King Institute of Preventive Medicine Micro-Biological Section reports 1912-19
Year: 1912
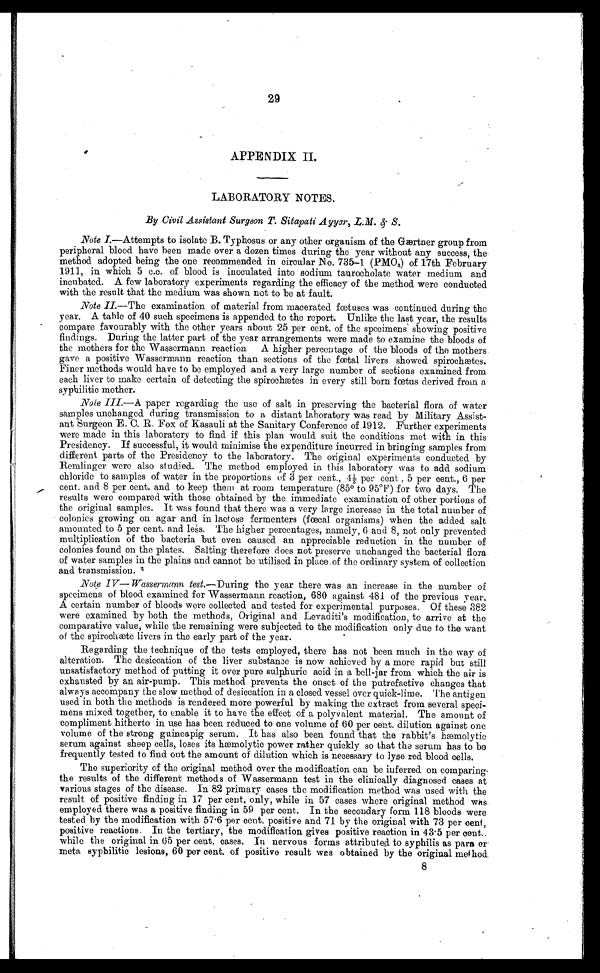
29
APPENDIX II.
LABORATORY NOTES.
By Civil Assistant Surgeon T. Sitapati Ayyar, I.M. S.
Note I .—Attempts to isolate B. Typhosus or any other organism of the Gærtner group from
peripheral blood have been made over a dozen times during the year without any success, the
method adopted being the one recommended in circular No. 735-1 (PMOs) of 17th February
1911, in which 5 c.c. of blood is inoculated into sodium taurocholate water medium and
incubated. A few laboratory experiments regarding the efficacy of the method were conducted
with the result that the medium was shown not to be at fault.
Note II .—The examination of material from macerated foetuses was continued during the
year. A table of 40 such specimens is appended to the report. Unlike the last year, the results
compare favourably with the other years about 25 per cent of the specimens showing positive
findings. During the latter part of the year arrangements were made to examine the bloods of
the mothers for the Wassermann reaction. A higher percentage of the bloods of the mothers
gave a positive Wassermann reaction than sections of the fœtal livers showed spirochætes.
Finer methods would have to be employed and a very large number of sections examined from
each liver to make certain of detecting the spirochetes in every still born foetus derived from a
syphilitic mother.
Note III— A paper regarding the use of salt in preserving the bacterial flora of water
samples unchan ged during transmission to a distant laboratory was read by Military Assist-
ant Surgeon E.C. R. Fox of Kasauli at the Sanitary Conference of 1912. Further experiments
were made in this laboratory to find if this plan would suit the conditions met with in this
Presidency. If successful, it would minimise the expenditure incurred in bringing samples from
different parts of the Presidency to the laboratory. The original experiments conducted by
Remlinger were also studied. The method employed in this laboratory was to add sodium
chloride to samples of water in the proportions of 3 per cent., 4 per cent. , 5 per cent., 6 per
cent. and 8 per cent. and to keep them at room temperature (85° to 95°F) for two days. The
results were compared with those obtained by the immediate examination of other portions of
the original samples. It was found that there was a very large increase in the total number of
colonies growing on agar and in lactose fermenters (fœcal organisms) when the added salt
amounted to 5 per cent. and less. The higher percentages, namely, 6 and 8, not only prevented
multiplication of the bacteria but even caused an appreciable reduction in the number of
colonies found on the plates. Salting therefore does not preserve unchanged the bacterial flora
of water samples in the plains and cannot be utilised in place.of the ordinary system of collection
and transmission.
Note IV—Wassermann test .—During the year there was an increase in the number of
specimens of blood examined for Wassermann reaction, 680 against 481 of the previous year.
A certain number of bloods were collected and tested for experimental purposes. Of these 382
were examined by both the methods, Original and Levaditi's modification, to arrive at the
comparative value, while the remaining were subjected to the modification only due to the want.
of the spirochete livers in the early part of the year.
Regarding the technique of the tests employed, there has not been much in the way of
alteration. The desiccation of the liver substance is now achieved by a more rapid but still
unsatisfactory method of putting it over pure sulphuric acid in a bell-jar from which the air is
exhausted by an air-pump. This method prevents the onset of the putrefactive changes that
always accompany the slow method of desiccation in a closed vessel over quick-lime. The antigen
used in both the methods is rendered more powerful by making the extract from several speci-
mens mixed together, to enable it to have the effect of a polyvalent material. The amount of
compliment hitherto in use has been reduced to one volume of 60 per cent. dilution against one
volume of the strong guineapig serum. It has also been found that the rabbit's hæmolytic
serum against sheep cells, loses its hemolytic power rather quickly so that the serum has to be
frequently tested to find. out the amount of dilution which is necessary to lyse red. blood cells.
The superiority of the original method over the modification can be inferred. on comparing-
the results of the different methods of Wassermann test in the clinically diagnosed cases at
various stages of the disease. In 82 primary cases the modification method was used with the
result of positive finding in 17 per cent, only, while in 57 cases where original method wns
employed there was a positive finding in 59 per cent. In the secondary form 118 bloods were
tested by the modification with 57 . 6 per cent. positive and 71 by the original with 73 per cent,
positive reactions. In the tertiary, the modification gives positive reaction in 43 . 5 per cent.
while the original in 65 per cent, cases. In nervous forms attributed to syphilis as para
o r m e t a
S y p h i l i t i c l e s i o n s , 6 0 p e r c e n t . o f p o s i t i v e r e s u l t w a s o b t a i n e d b y t h e o r i g i n a l m e t h o d
8